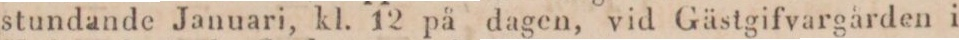
stundande Januari, kl. 12 på dagen, vid Gästgifvargården i